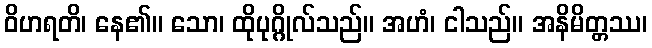
ဝိဟရတိ၊ နေ၏။ သော၊ ထိုပုဂ္ဂိုလ်သည်။ အဟံ၊ ငါသည်။ အနိမိတ္တဿ၊